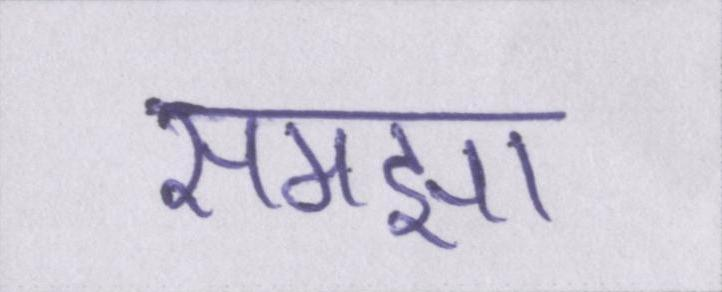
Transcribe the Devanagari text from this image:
समझा